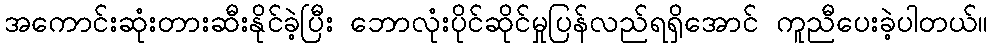
အကောင်းဆုံးတားဆီးနိုင်ခဲ့ပြီး ဘောလုံးပိုင်ဆိုင်မှုပြန်လည်ရရှိအောင် ကူညီပေးခဲ့ပါတယ်။